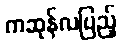
ကဆုန်လပြည့်